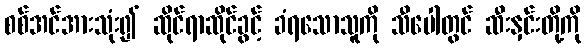
စစ်အင်အားသုံး၍ ဆိုင်ရာဆိုင်ခွင့် ခံရသောသူကို သီပေါတွင် ဆီးနှင်းတို့ကို